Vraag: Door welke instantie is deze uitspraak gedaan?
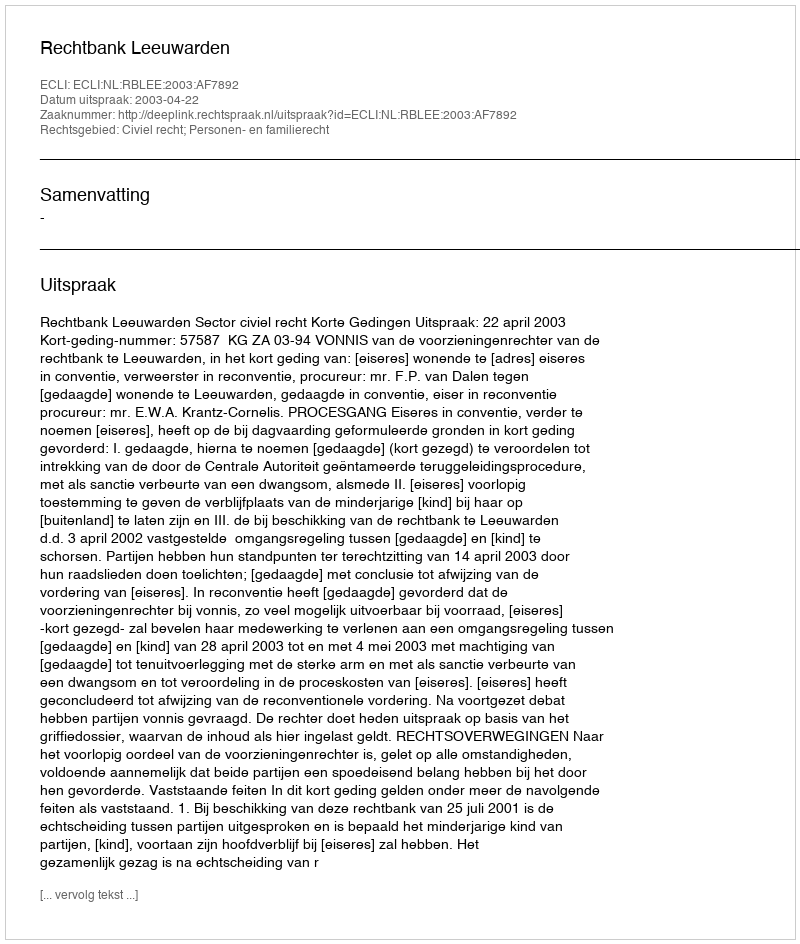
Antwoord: Rechtbank Leeuwarden